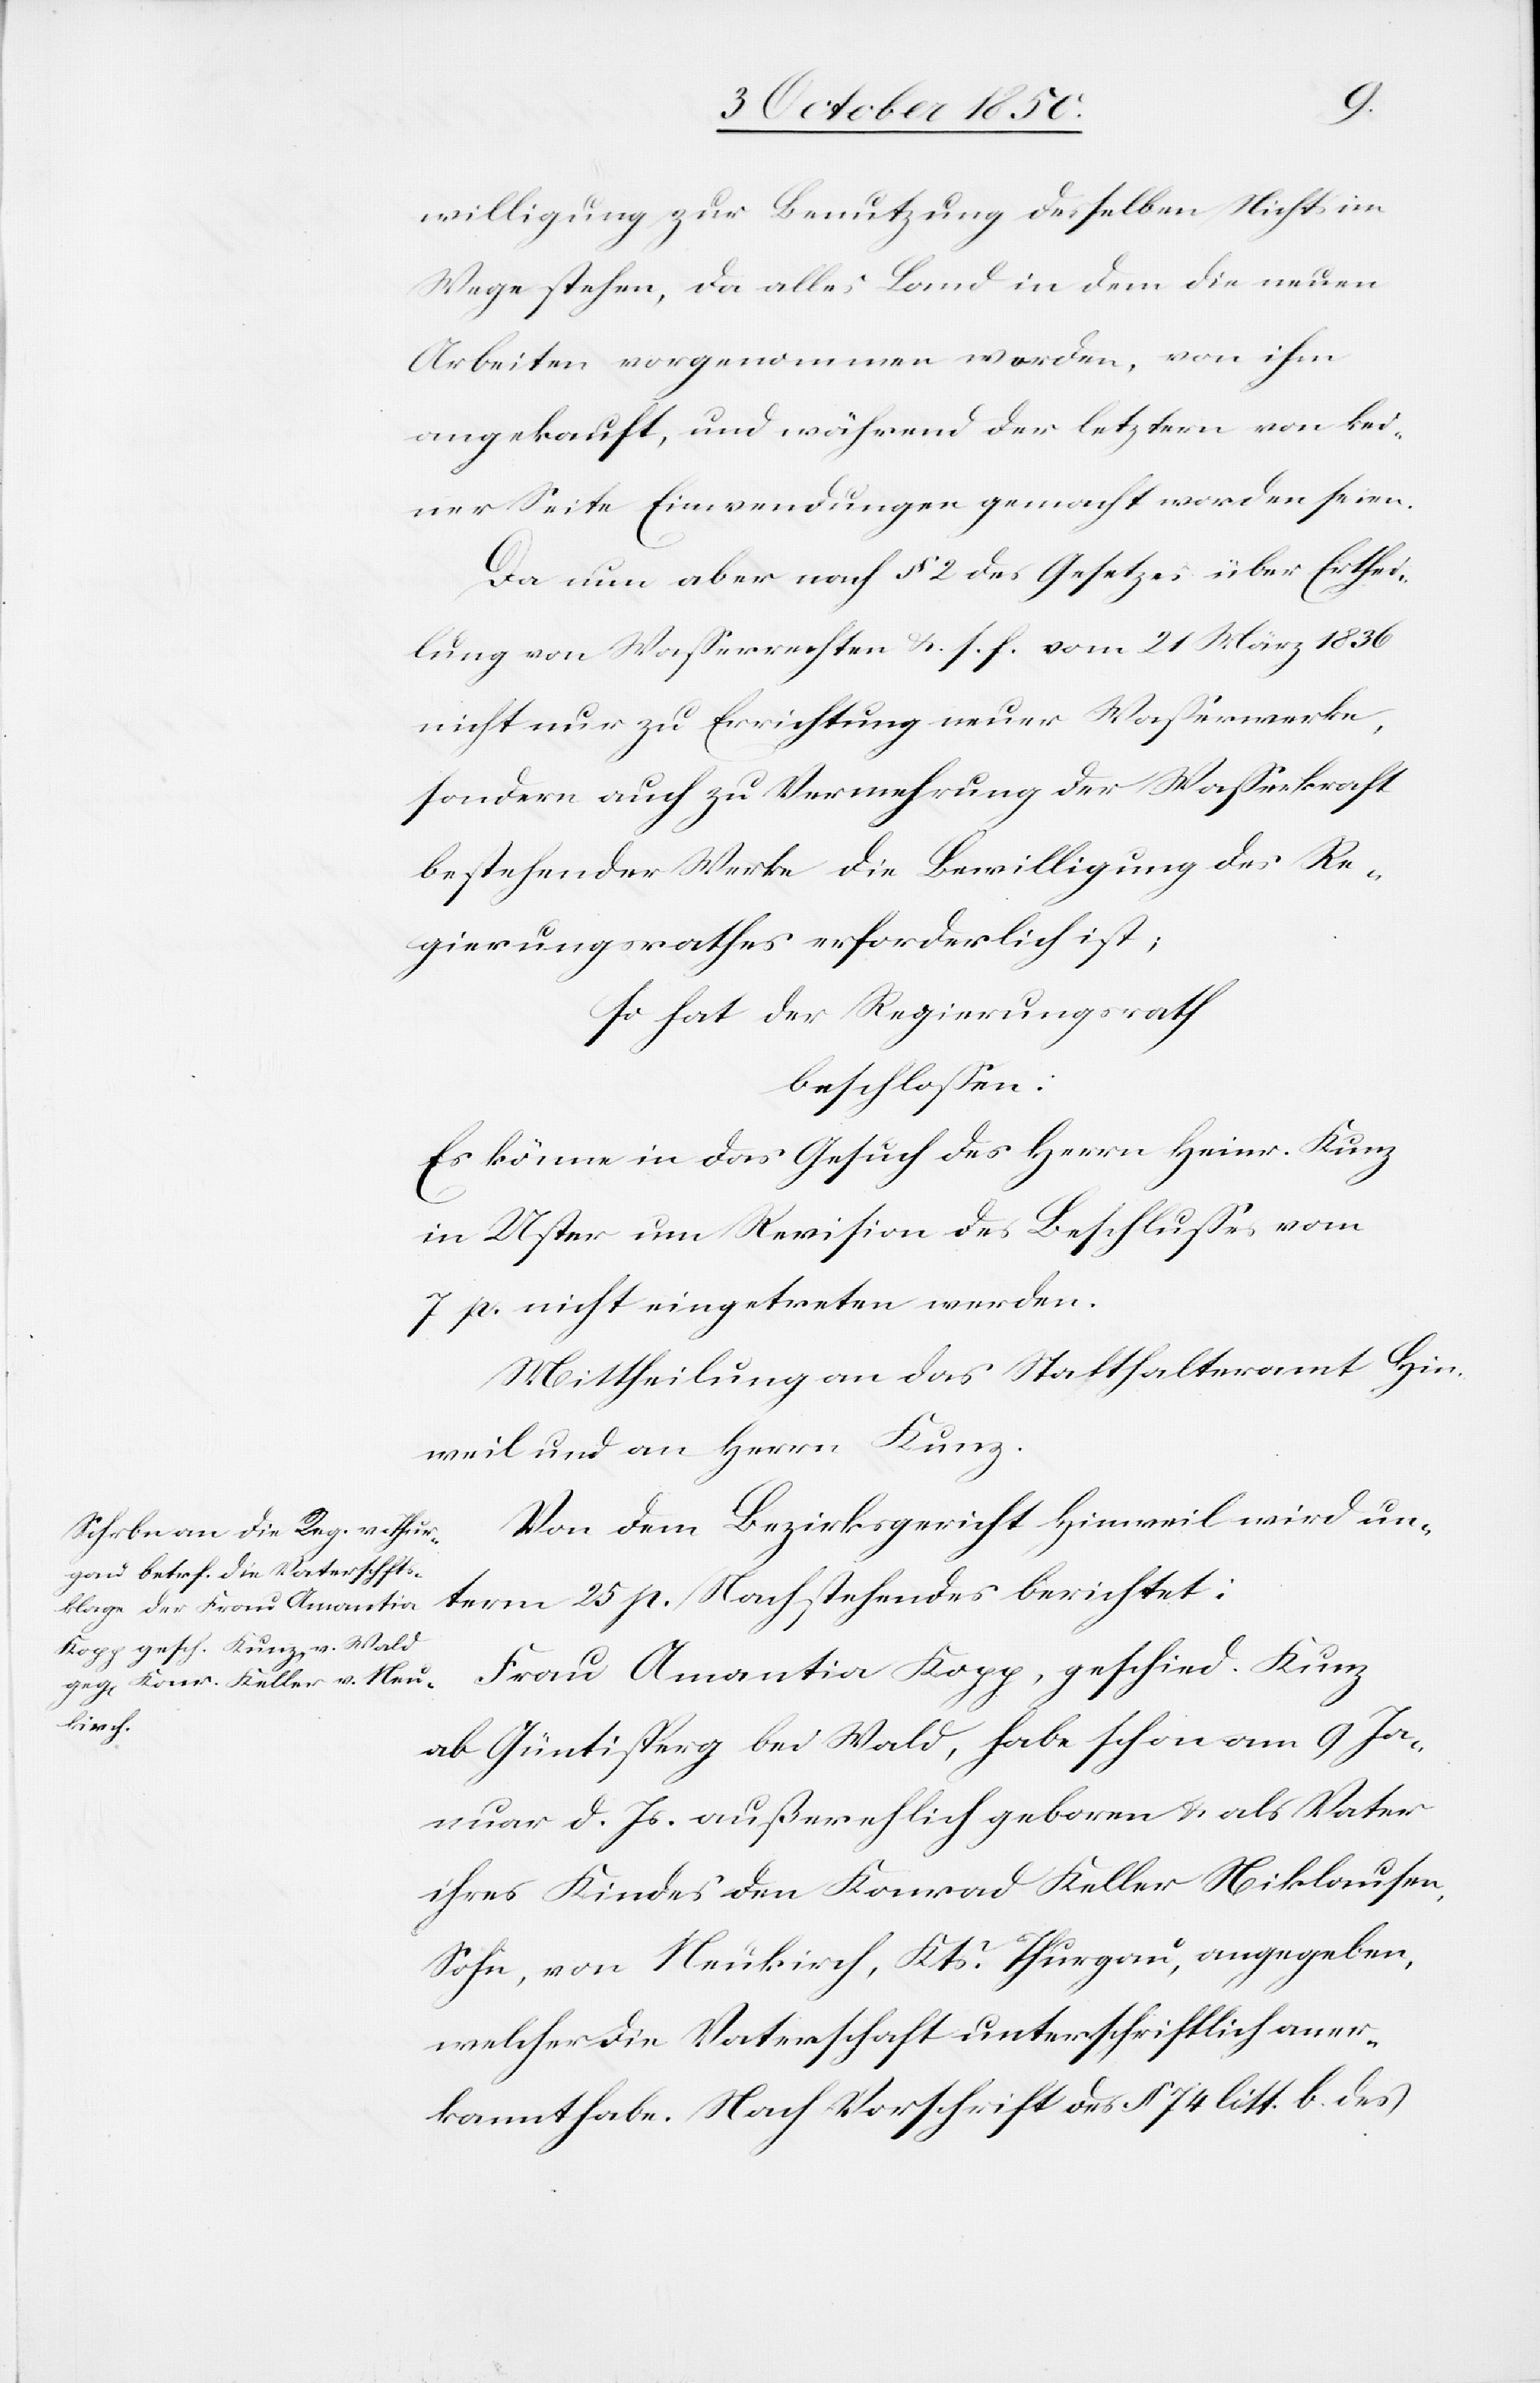
willigung zur Benutzung desselben Nichts im
Wege stehen, da alles Land in dem die neuen
Arbeiten vorgenommen worden, von ihm
angekauft, und während der letztern von kei¬
ner Seite Einwendungen gemacht worden seien.
Da nun aber noch § 2 des Gesetzes über Erthei¬
lung von Wasserrechten &. s. f. vom 21 März 1836
nicht nur zu Errichtung neuer Wasserwerke,
sondern auch zu Vermehrung der Wasserkraft
bestehender Werke die Bewilligung des Re¬
gierungsrathes erforderlich ist;
so hat der Regierungsrath
beschlossen:
Es könne in das Gesuch des Herrn Heinr. Kunz
in Uster um Revision des Beschlusses vom
7 p. nicht eingetreten werden.
Mittheilung an das Statthalteramt Hin¬
weil und an Herrn Kunz.
Von dem Bezirksgericht Hinweil wird un¬
term 25 p. Nachstehendes berichtet:
Frau Amantia Kopp, geschied. Kunz
ab Güntisperg bei Wald, habe schon am 9 Ja¬
nuar d. Js. außerehlich geboren & als Vater
ihres Kindes den Konrad Keller Niklausen,
Sohn, von Neukirch, Kts. Thurgau, angegeben,
welcher die Vaterschaft unterschriftlich aner¬
kannt habe. Nach Vorschrift des § 74 litt. b. des